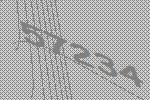
57234